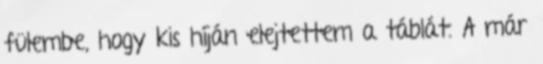
fülembe, hogy kis híján elejtettem a táblát. A már